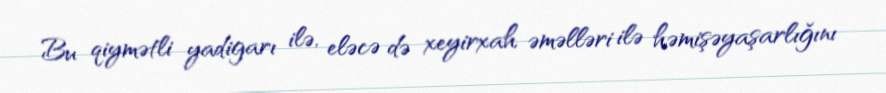
Bu qiymətli yadigarı ilə, eləcə də xeyirxah əməlləri ilə həmişəyaşarlığını